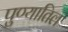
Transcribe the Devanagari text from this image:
पुण्यातिल